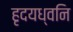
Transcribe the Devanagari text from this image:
हृदयध्वनि